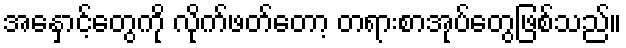
အနှောင့်တွေကို လိုက်ဖတ်တော့ တရားစာအုပ်တွေဖြစ်သည်။